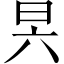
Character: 昗